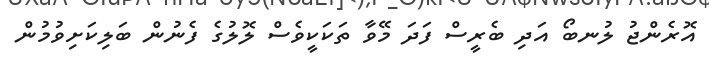
އޮރެންޖު ލުނބޯ އަދި ބެރީސް ފަދަ މޭވާ ތަކަކީވެސް ލޮލުގެ ފެނުން ބަލިކަށިވުމުން